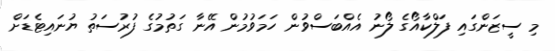
މި ސީޒަންގައި ފަލްކާއޯގެ ލޯނު އެއްބަސްވުން ހަމަވުމުން އޭނާ ގަތުމުގެ ފުރުސަތު ޔުނައިޓެޑަށް